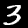
Digit: 3